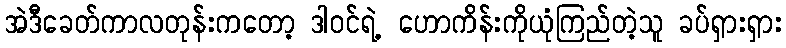
အဲဒီခေတ်ကာလတုန်းကတော့ ဒါဝင်ရဲ့ ဟောကိန်းကိုယုံကြည်တဲ့သူ ခပ်ရှားရှား